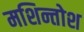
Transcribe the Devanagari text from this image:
मशिन्तोश